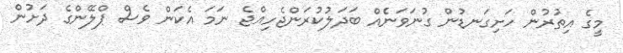
މީގެ އިތުރުން ހަށިގަނޑުން ގުނަވަނެެއް ބަދަލުކުރަންޖެހިއްޖެ ނަމަ އެކަން ވެސް ޕްލޭންގެ ދަށުން